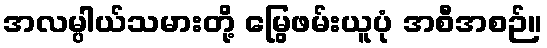
အလမ္ပါယ်သမားတို့ မြွေဖမ်းယူပုံ အစီအစဉ်။